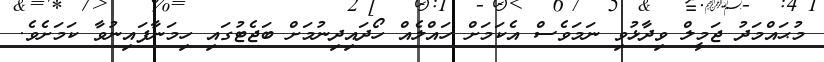
މުޙައްމަދު ޖަމީލް ވިދާޅުވި ނަމަވެސް އެކަމަށް ހައްލެއް ހޯދައިދިނުމަށް ބަޖެޓުގައި ހިމަނާފައިނުވާ ކަމަށެވެ.